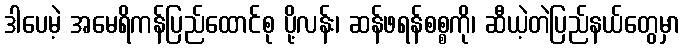
ဒါပေမဲ့ အမေရိကန်ပြည်ထောင်စု ပို့လန်း၊ ဆန်ဖရန်စစ္စကို၊ ဆီယဲ့တဲပြည်နယ်တွေမှာ